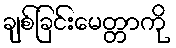
ချစ်ခြင်းမေတ္တာကို